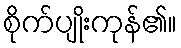
စိုက်ပျိုးကုန်၏။